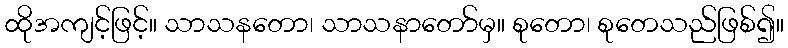
ထိုအကျင့်ဖြင့်။ သာသနတော၊ သာသနာတော်မှ။ စုတော၊ စုတေသည်ဖြစ်၍။